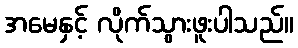
အမေနှင့် လိုက်သွားဖူးပါသည်။